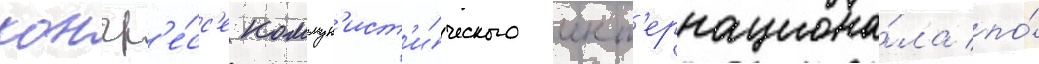
конгр'е́сс'е коммун'ист'и́ческого инт'ернациона́ла по́